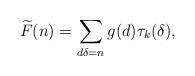
LaTeX: \begin{align*} \widetilde{F}(n) = \sum_{d\delta=n} g(d) \tau_k(\delta), \end{align*}